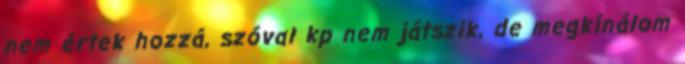
nem értek hozzá, szóval kp nem játszik, de megkínálom